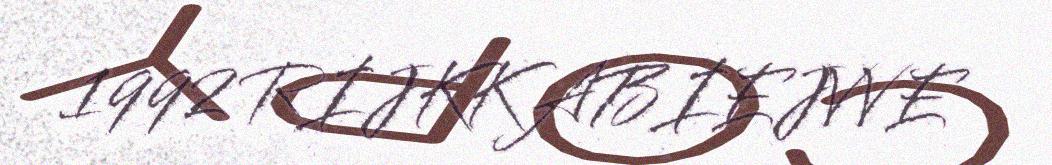
1992 RIJKKABIEJVVE